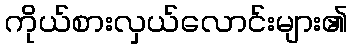
ကိုယ်စားလှယ်လောင်းများ၏